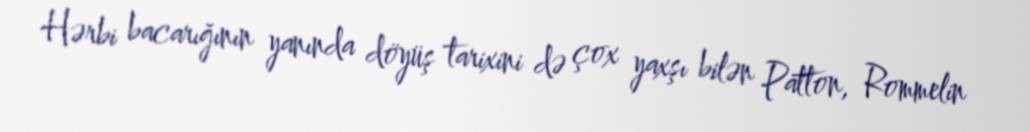
Hərbi bacarığının yanında döyüş tarixini də çox yaxşı bilən Patton, Rommelin